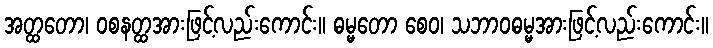
အတ္ထတော၊ ဝစနတ္ထအားဖြင့်လည်းကောင်း။ ဓမ္မတော စေဝ၊ သဘာဝဓမ္မအားဖြင့်လည်းကောင်း။